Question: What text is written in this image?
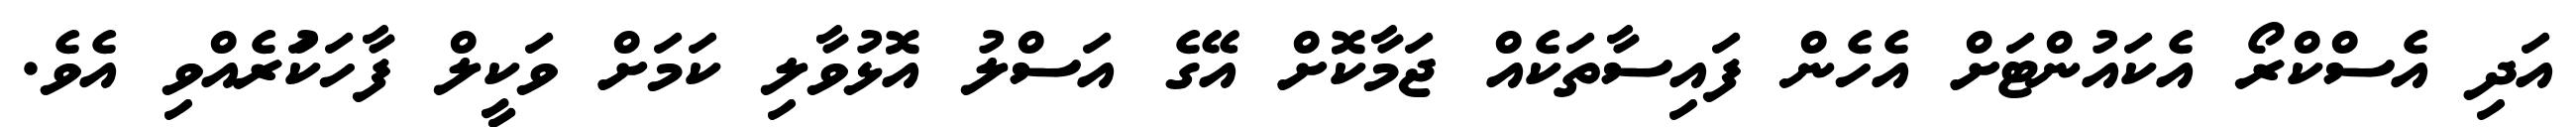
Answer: އަދި އެސްކްރޯ އެކައުންޓަށް އެހެން ފައިސާތަކެއް ޖަމާކޮށް އޭގެ އަސްލު އޮޅުވާލި ކަމަށް ވަކީލް ފާހަކަުރެއްވި އެވެ.